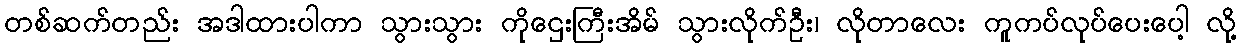
တစ်ဆက်တည်း အဒါထားပါကာ သွားသွား ကိုဌေးကြီးအိမ် သွားလိုက်ဦး၊ လိုတာလေး ကူကပ်လုပ်ပေးပေါ့ လို့